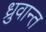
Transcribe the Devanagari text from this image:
ध्रुवान्त